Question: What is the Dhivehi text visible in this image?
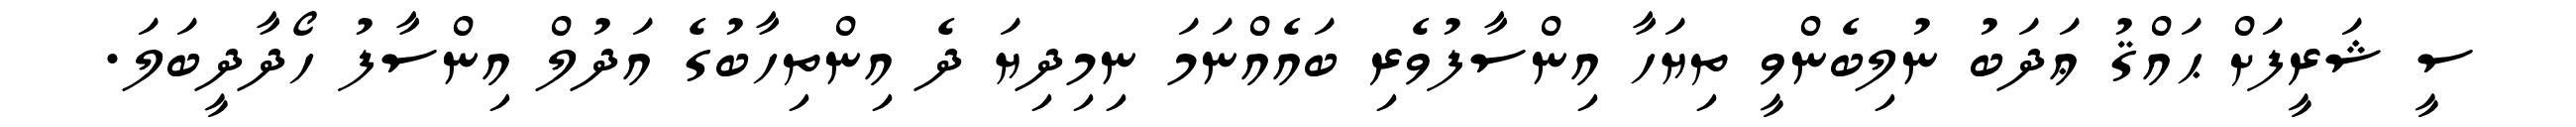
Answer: ސީ ޝަރީފަށް ޙައްޤު ޢަދަބު ނުލިބެންވީ ތިޔަހާ އިންސާފުވެރި ބައެއްނަމަ ނިމިދިޔަ ދެ އިންތިހާބުގެ އަދުލް އިންސާފު ހޯދާދީބަލަ.